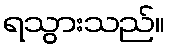
ရသွားသည်။